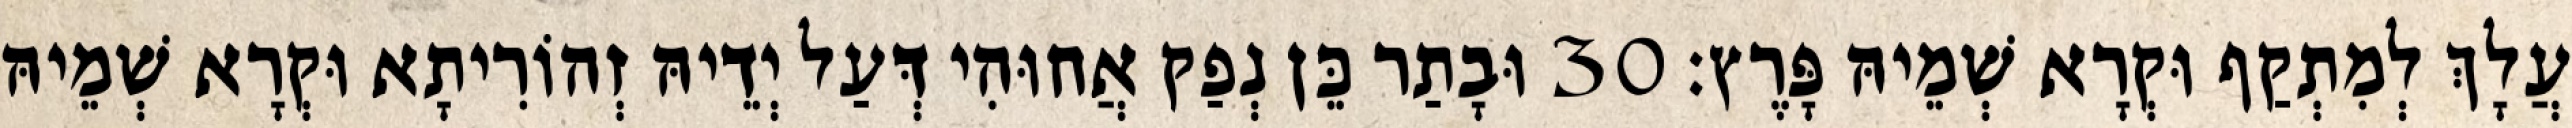
עֲלָךְ לְמִתְקַף וּקְרָא שְׁמֵיהּ פָּרֶץ׃ 30 וּבָתַר כֵּן נְפַק אֲחוּהִי דְּעַל יְדֵיהּ זְהוֹרִיתָא וּקְרָא שְׁמֵיהּ